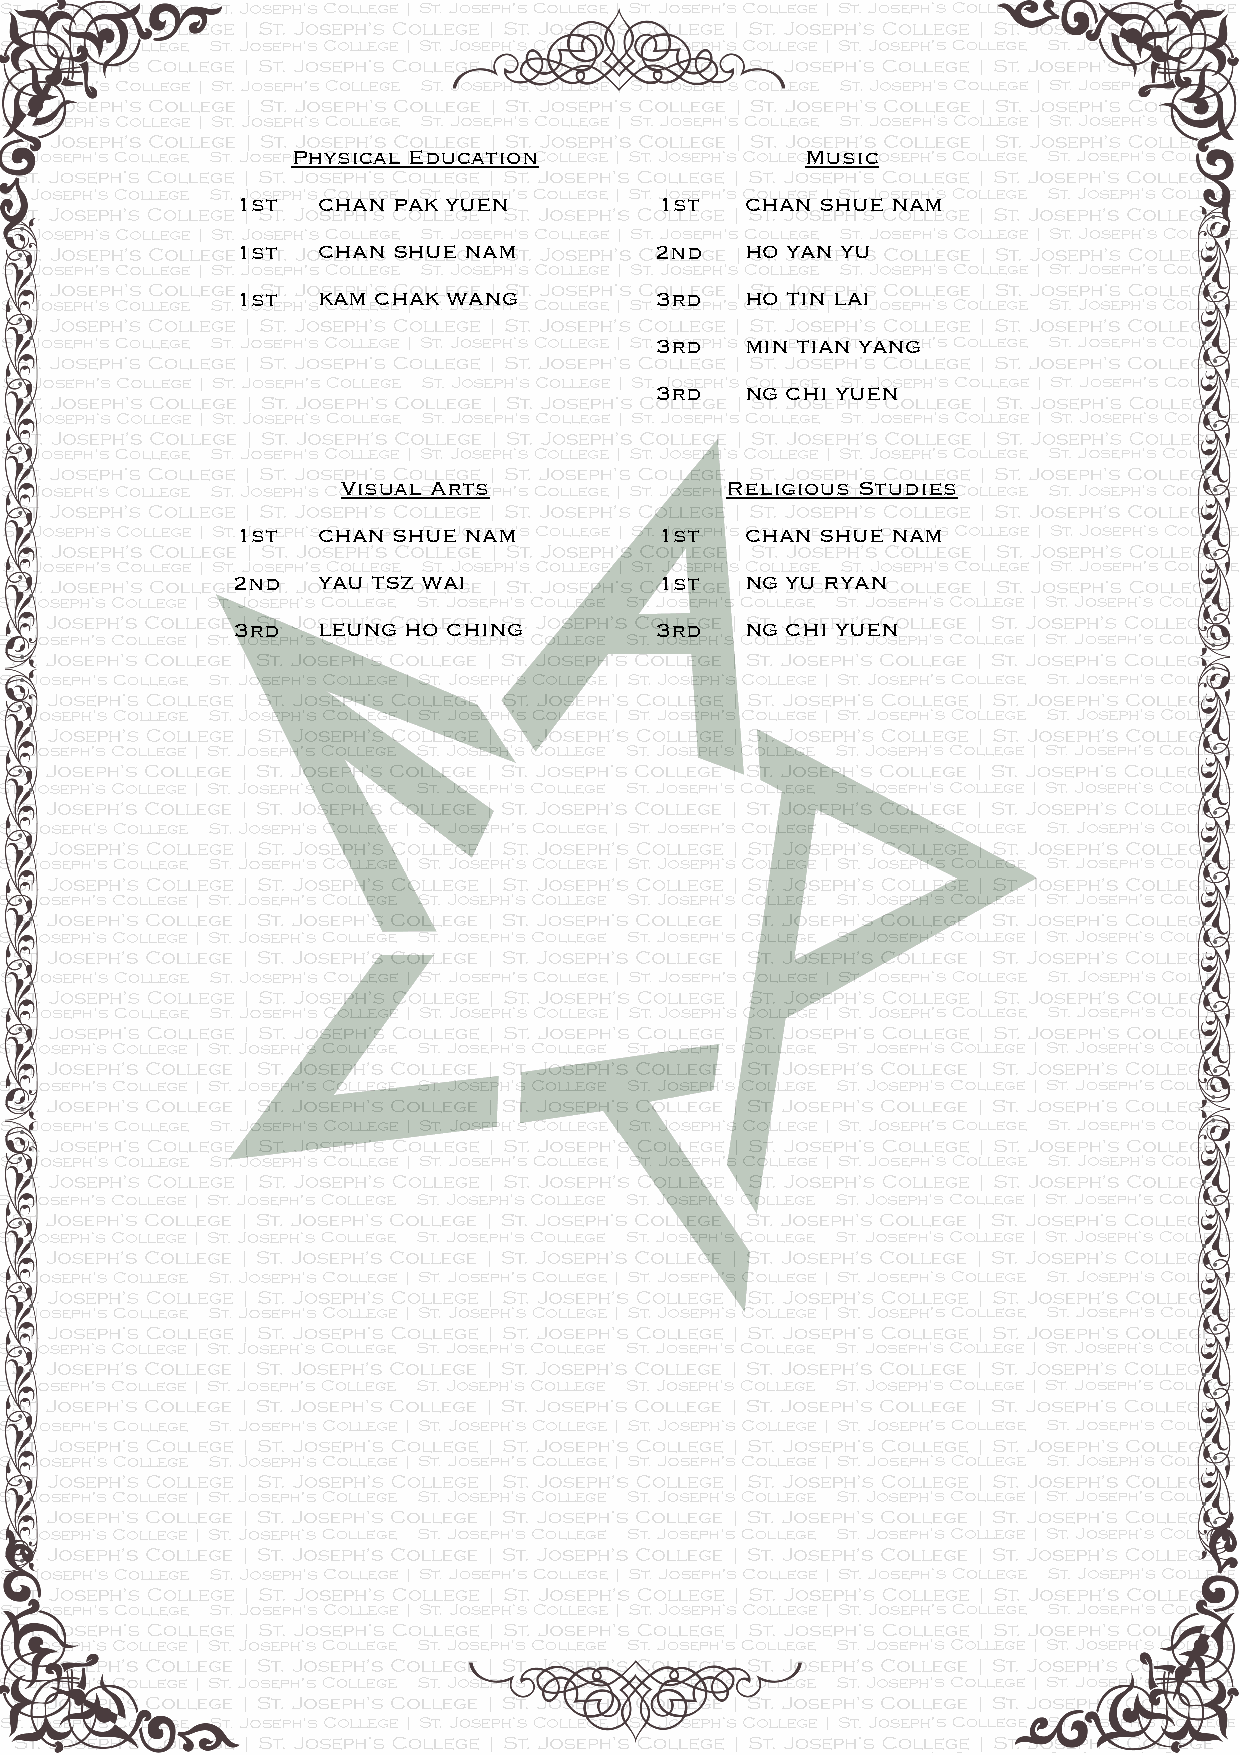
Physical Education                Music
 1st  CHAN PAK YUEN          1st  CHAN SHUE NAM
 1st  CHAN SHUE NAM         2nd   HO YAN YU
 1st  KAM CHAK WANG         3rd   HO TIN LAI
 3rd   MIN TIAN YANG
 3rd   NG CHI YUEN
 Visual Arts              Religious Studies
 1st  CHAN SHUE NAM          1st  CHAN SHUE NAM
 2nd   YAU TSZ WAI            1st  NG YU RYAN
 3rd   LEUNG HO CHING        3rd   NG CHI YUEN